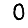
Digit: 0